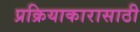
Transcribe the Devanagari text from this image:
प्रक्रियाकारासाठी